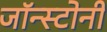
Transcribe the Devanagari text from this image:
जॉन्स्टोनी